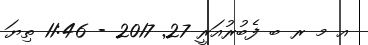
އ މ ރ ބ ފެބުރުއަރީ 27